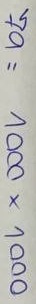
79 = 1000 x 1000